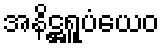
အနိဋ္ဌရူပံယေဝ